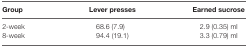
<table><thead><tr><td><b>Group</b></td><td><b>Lever presses</b></td><td><b>Earned sucrose</b></td></tr></thead><tbody><tr><td>2-week</td><td>68.6 (7.9)</td><td>2.9 (0.35) ml</td></tr><tr><td>8-week</td><td>94.4 (19.1)</td><td>3.3 (0.79) ml</td></tr></tbody></table>